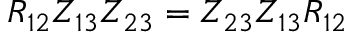
R _ { 1 2 } Z _ { 1 3 } Z _ { 2 3 } = Z _ { 2 3 } Z _ { 1 3 } R _ { 1 2 }